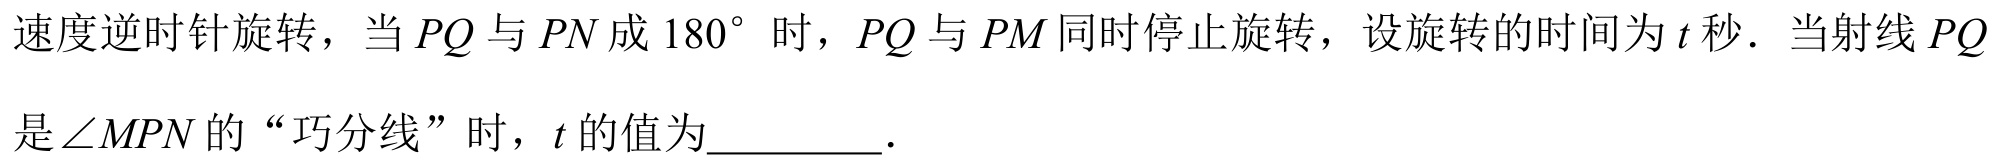
速度逆时针旋转，当 \(PQ\) 与 \(PN\) 成 \(180^{\circ}\) 时，\(PQ\) 与 \(PM\) 同时停止旋转，设旋转的时间为 \(t\) 秒．当射线 \(PQ\)
是\(\angle MPN\) 的“巧分线”时，\(t\) 的值为________.